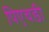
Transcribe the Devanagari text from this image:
पिएचडी